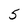
Character: 5